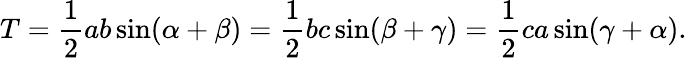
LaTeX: T={\frac{1}{2}}ab\sin(\alpha+\beta)={\frac{1}{2}}bc\sin(\beta+\gamma)={\frac{1}{2}}ca\sin(\gamma+\alpha).